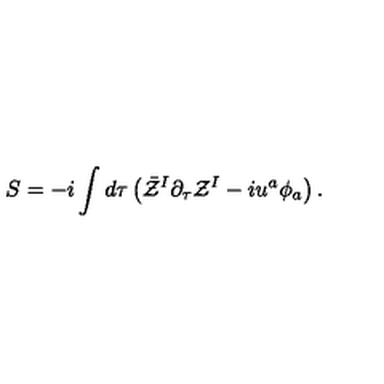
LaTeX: S = - i \int d \tau \left( \bar { \cal Z } ^ { I } \partial _ { \tau } { \cal Z } ^ { I } - i u ^ { a } \phi _ { a } \right) .